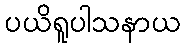
ပယိရူပါသနာယ